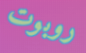
روبوت